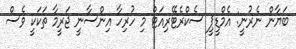
ބަޔާން ނެރުނީ: އެމްޑީޕީ ސެކްރެޓޭރިއަޓް މި ހުރިހާ އިންސާނީ ޖަރީމާ ތަކަކީ ވެސް